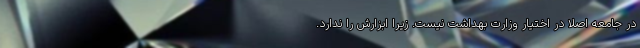
در جامعه اصلا در اختیار وزارت بهداشت نیست. زیرا ابزارش را ندارد.